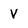
Character: V